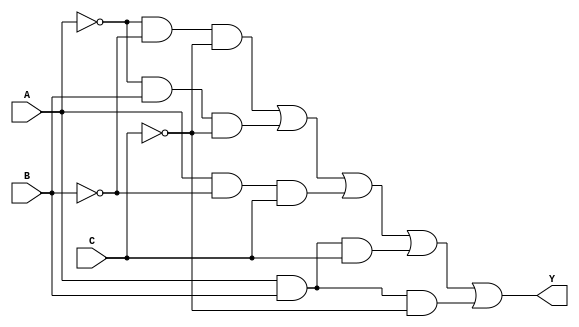
module kmap_3var (
    input wire A,  // Input variable A
    input wire B,  // Input variable B
    input wire C,  // Input variable C
    output wire Y  // Output Y based on K-map logic
);

// Combinational logic based on the K-map
// Assume the K-map produces a logic function for outputs:
// Y = A'B'C' + A'BC' + AB'C + ABC + AB'C' (for example)

// Simplified logic expression derived from the K-map
assign Y = (~A & ~B & ~C) | (~A & B & ~C) | (A & ~B & C) | (A & B & C) | (A & B & ~C);

endmodule